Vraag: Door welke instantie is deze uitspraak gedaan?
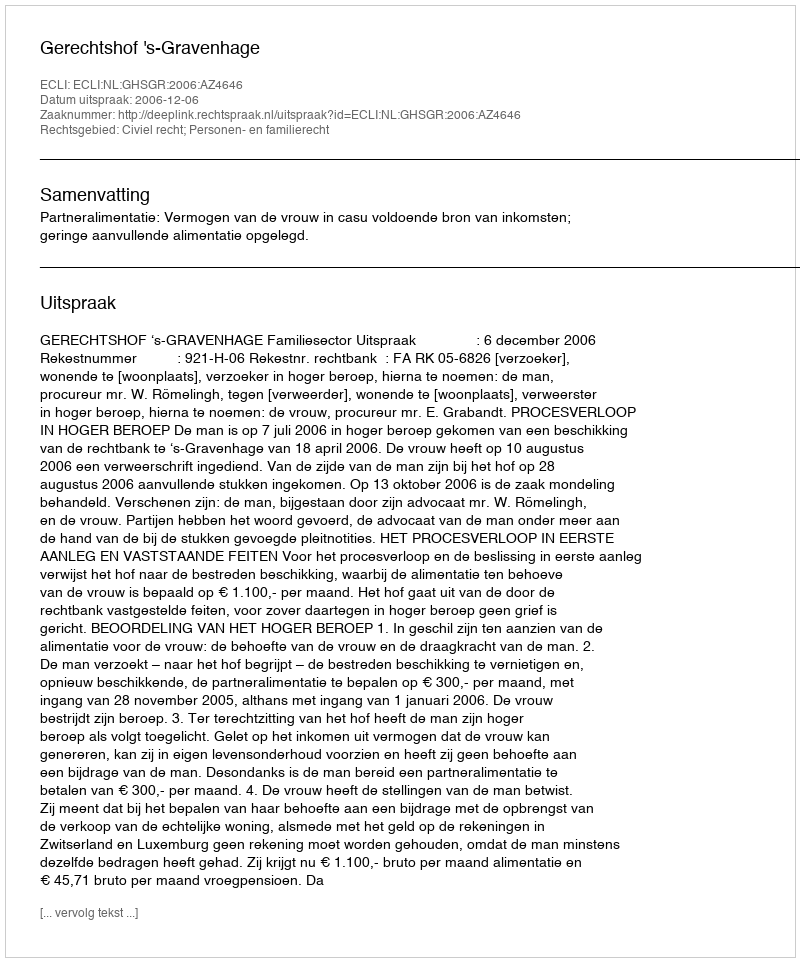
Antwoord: Gerechtshof 's-Gravenhage